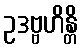
ဥဒဗ္ဗဟိန္တိ